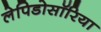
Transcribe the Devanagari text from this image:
लेपिडोसॉरिया